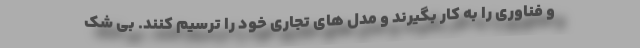
و فناوری را به کار بگیرند و مدل های تجاری خود را ترسیم کنند. بی شک